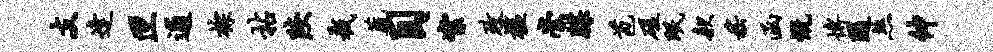
支逢匣逋棕拈陕截蔬目絮政槛崇牒苞磋眠款嵇函慨博随煞伸